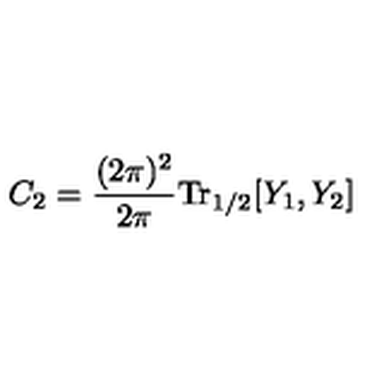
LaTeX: C _ { 2 } = \frac { ( 2 \pi ) ^ { 2 } } { 2 \pi } \mathrm { T r } _ { 1 / 2 } [ Y _ { 1 } , Y _ { 2 } ]